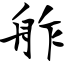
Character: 舴